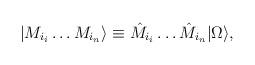
LaTeX: \begin{align*}|M_{i_i} \dots M_{i_n}\rangle \equiv \hat M_{i_i} \dots \hat M_{i_n}|\Omega\rangle ,\end{align*}